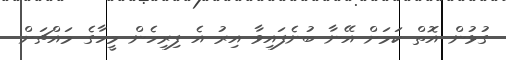
ގުޅުން އޮތް ކަމަށް އޭނާ ބުނެފައިވާ އިރު އެ ފިރިހެން މީހާގެ މައްޗަށް